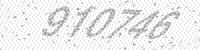
Solution: 910746